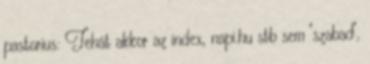
pastorius: Tehát akkor az index, napi.hu stb sem "szabad",